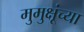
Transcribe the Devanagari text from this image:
मुमुक्षूंच्या